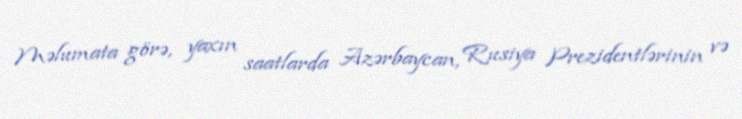
Məlumata görə, yaxın saatlarda Azərbaycan, Rusiya Prezidentlərinin və